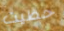
حظيت